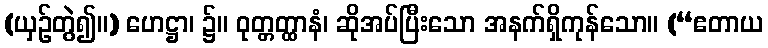
(ယှဉ်တွဲ၍။) ဟေဋ္ဌာ၊ ၌။ ဝုတ္တတ္ထာနံ၊ ဆိုအပ်ပြီးသော အနက်ရှိကုန်သော။ (“ဧတာယ